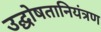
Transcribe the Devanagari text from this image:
उद्घोषतानियंत्रण